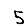
Digit: 5